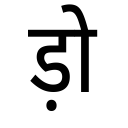
OCR:
ड़ो